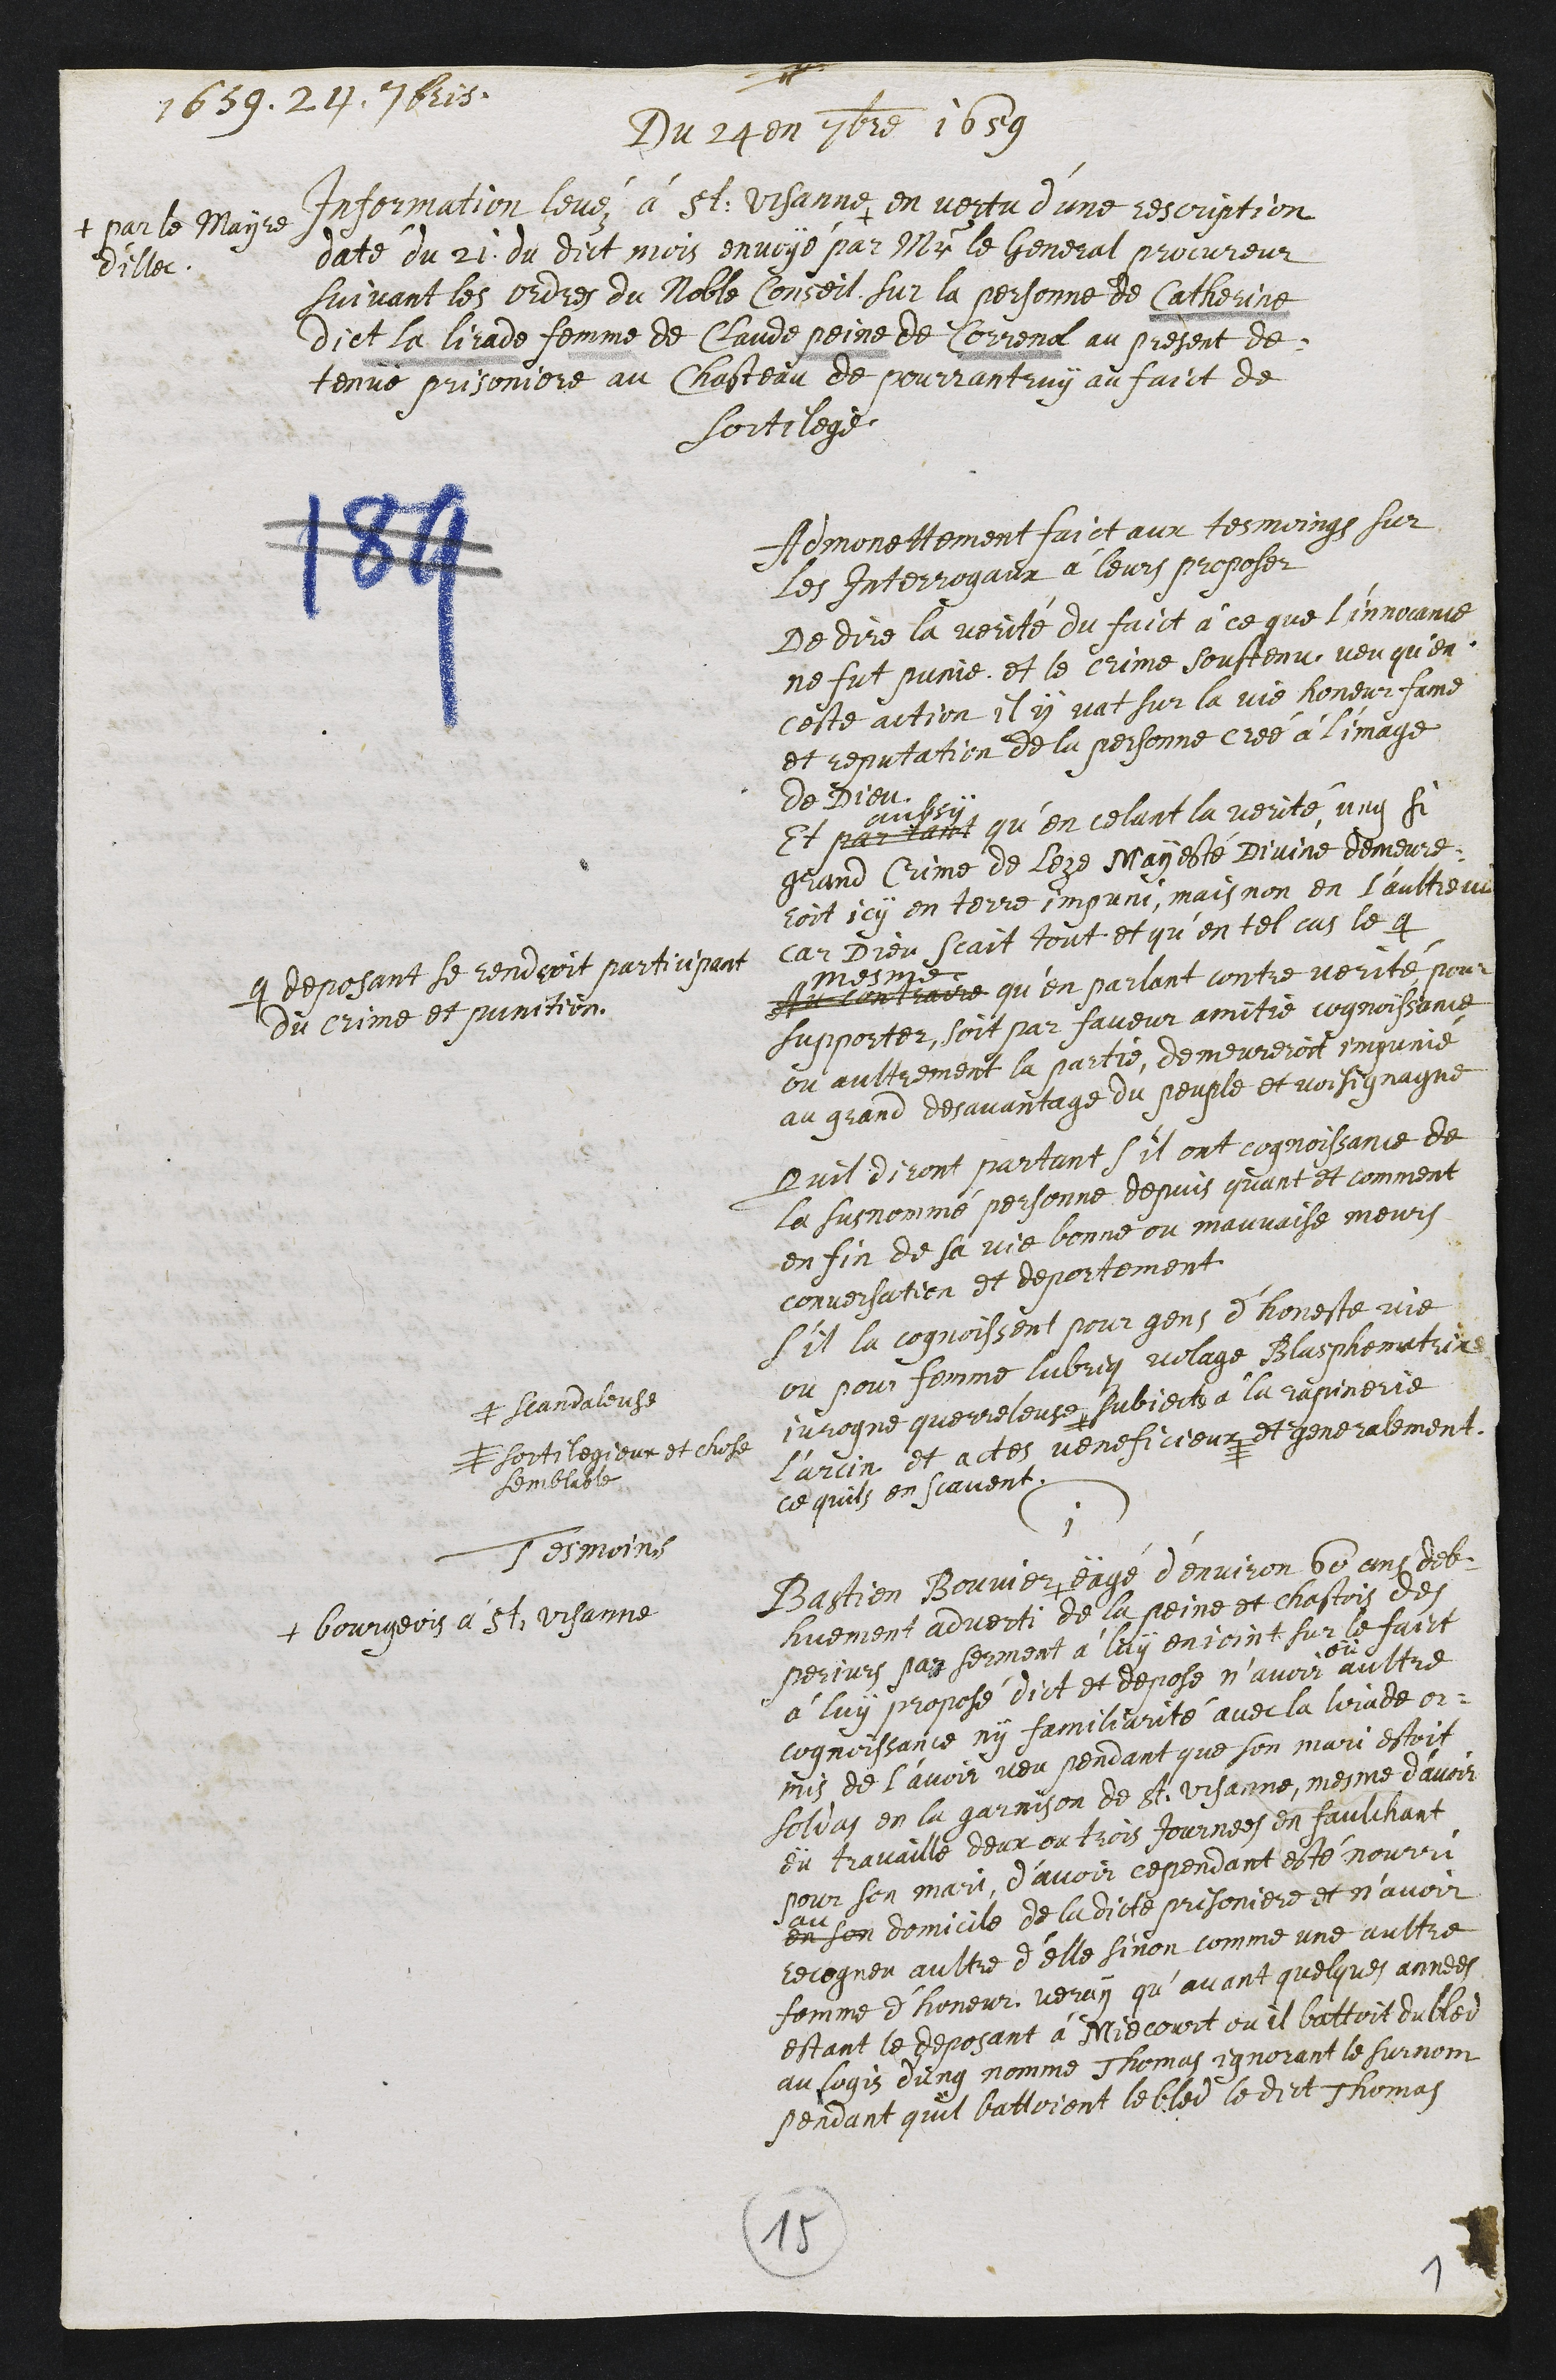
1659. 24. 7bris
Du 24 en 7bre 1659
Information levéz à St. Ursanne +
+ par le Mayre
d'illec
en vertu d’une rescription
daté du 21 du dict mois envoyé par Mr le General procureur
suivant les ordres du Noble Conseil sur la personne de Catherine
dict la lirade femme de Claude peine de Correnol au present de¬
tenue prisoniere au Chasteau de Pourrantruy au faict de
sortilege.
Admonettement faict aux tesmoings sur
Les Interrogaux à leurs proposer
De dire la verité du faict à ce que l'innocance
ne fut punie et le crime soustenu veu qu'en
ceste action il y vat sur la vie honeur fame
et reputation de la personne creé à l'image
de Dieu
Et partant
aubsy
quen celant la verite ung si
grand Crime de leze Mayesté Divine demeure¬
roit icy en terre impuni, mais non en l’aultre ni
car Dieu scait tout et qu'en tel cas le #
# deposant se rendroit participant
du crime et punition
Au contraire
mesme
qu'en parlant contre verité pour
supporter, soit par faveur amitie cognoissance
ou aultrement la partie, demeureroit impunie
au grand desavantage du peuple et voisignagne,
Quil diront partant s'il ont cognoissance de
la susnommé personne depuis quant et comment
en fin de sa vie bonne ou mauvaise meurs
conversation et deportement
S'il la cognoissent pour gens d'honeste vie
ou pour femme lubriq volage Blasphematrix
ivrogne querreleuse #
# scandaleuse
subjecte à la rapinerie
Larcin et actes veneficieux #
# sortilegieux et chose
semblable
et generalement
ce quilz en scavent.
Tesmoins
1
Bastien Bouvier +
+ bourgeois à St Ursanne
eägé d'environ 60 ans deb¬
huement adverti de la peine et chastois des
perjurs par serment à luy enjoint sur le faict
à luy proposé dict et depose n'avoir
eü
aultre
cognoissance ny familiarité avec la lirade or¬
mis de l’avoir veu pendant que son mari estoit
soldat en la garnison de St Ursanne, mesme d'avoir
dü travaille deux ou trois journees en faulchant
pour son mari, d’avoir cependant esté nourri
en
au
son domicile de ladicte prisoniere et n’avoir
recogneu aultre d’elle sinon comme une aultre
femme d'honeur, veray qu’avant quelques annees
estant le deposant à Miecourt ou il battoit du bled
au logis d'ung nomme Thomas ignorant le surnom
pendant quil battoient le bled le dict Thomas
1